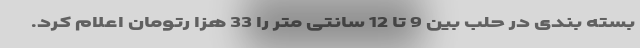
بسته بندی در حلب بین 9 تا 12 سانتی متر را 33 هزا رتومان اعلام کرد.